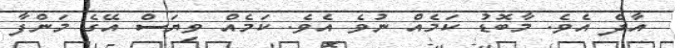
އާދެ އެވެ. މާބޮޑު ކަމެއް ނުވެ އެވެ. ކަމެއް ވިޔަސް އޭގެ މަންފާ